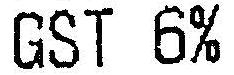
GST 6%